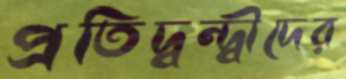
প্রতিদ্বন্দ্বীদের